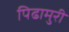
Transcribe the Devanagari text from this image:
पिढामुरी